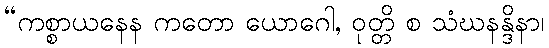
“ကစ္စာယနေန ကတော ယောဂေါ, ဝုတ္တိ စ သံဃနန္ဒိနာ၊